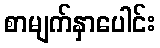
စာမျက်နှာပေါင်း